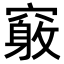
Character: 𥨂